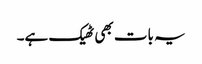
یہ بات بھی ٹھیک ہے۔